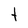
Character: t